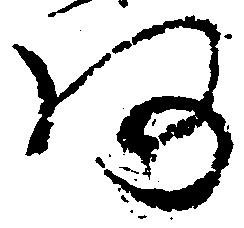
阿